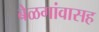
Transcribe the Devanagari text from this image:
बेळगांवासह